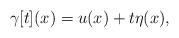
LaTeX: \begin{align*}\gamma\lbrack t](x)=u(x)+t\eta(x), \end{align*}